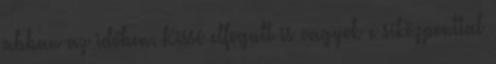
abban az időben. Kissé elfogult is vagyok e síközponttal